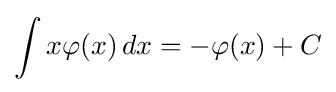
\int x\varphi (x)\,dx=-\varphi (x)+C